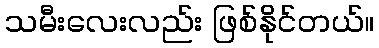
သမီးလေးလည်း ဖြစ်နိုင်တယ်။